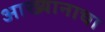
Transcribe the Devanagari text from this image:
आख्यानाचा